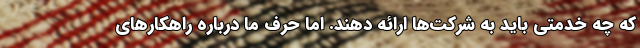
که چه خدمتی باید به شرکت‌ها ارائه دهند. اما حرف ما درباره راهکارهای